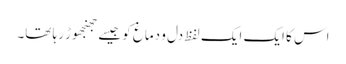
اس کا ایک ایک لفظ دل و دماغ کو جیسے جھنجھوڑ رہا تھا۔